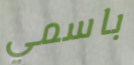
باسمي